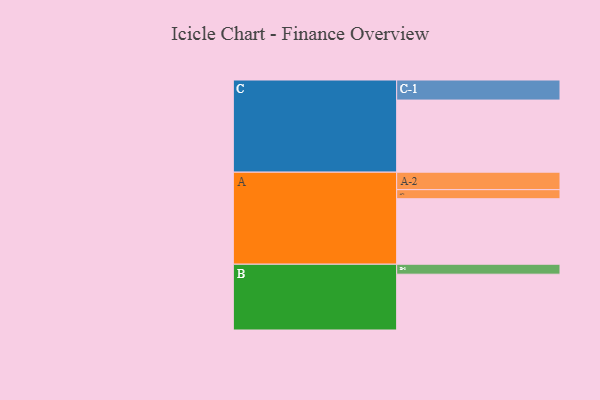
{"axis": {"x": "Segment", "y": "Value"}, "legend": ["", "A", "B", "C"], "data": [{"x": "A", "y": 506, "type": ""}, {"x": "B", "y": 431, "type": ""}, {"x": "C", "y": 557, "type": ""}, {"x": "A-1", "y": 70, "type": "A"}, {"x": "A-2", "y": 135, "type": "A"}, {"x": "B-1", "y": 77, "type": "B"}, {"x": "C-1", "y": 155, "type": "C"}]}